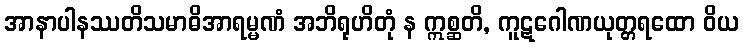
အာနာပါနဿတိသမာဓိအာရမ္မဏံ အဘိရုဟိတုံ န ဣစ္ဆတိ, ကူဋဂေါဏယုတ္တရထော ဝိယ